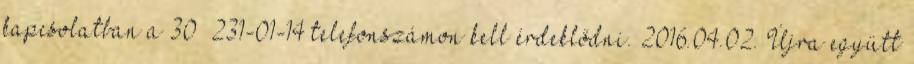
kapcsolatban a 30 231-01-14 telefonszámon kell érdeklődni. 2016.04.02. Újra együtt